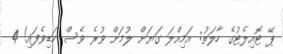
ޕޭ ޓޮއިލެޓުގެ ހާލަތު: އަމިއްލަ ގަޔަށް ލުމަށް ވުރެ ވެސް ހަޑިވެފައި! 4